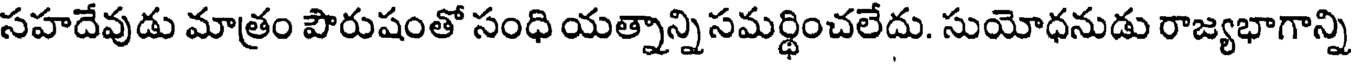
సహదేవుడు మాత్రం పౌరుషంతో సంధి యత్నాన్ని సమర్థించలేదు. సుయోధనుడు రాజ్యభాగాన్ని